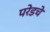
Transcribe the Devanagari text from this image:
परेडचे